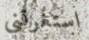
استغرقني